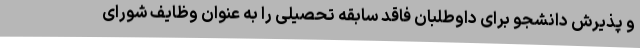
و پذیرش دانشجو برای داوطلبان فاقد سابقه تحصیلی را به عنوان وظایف شورای